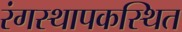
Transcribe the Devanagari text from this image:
रंगस्थापकस्थित